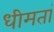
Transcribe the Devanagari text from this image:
धीमतां